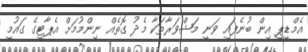
އެމްޑީޕީ އިން ބުނެފައި ވަނީ މަޝްވަރާތަކާ މެދު ގޮތެއް ނިންމުމަށް އެޕާޓީގެ ގައުމީ